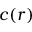
c ( r )